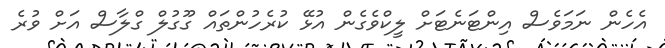
އެހެން ނަމަވެސް އިންޓަނެޓަށް ލީކްވެގެން އުޅޭ ކުރެހުންތައް ގޫގުލް ގްލާސް އަށް ވުރެ